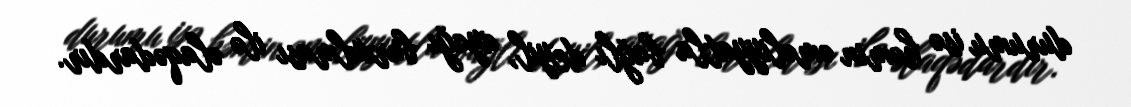
durumu isə həmin əməliyyatla bağlı deyil, ayağı burxulması ilə əlaqədardır.